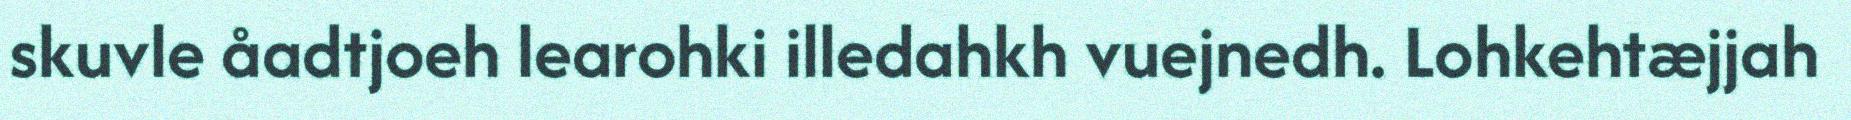
skuvle åadtjoeh learohki illedahkh vuejnedh. Lohkehtæjjah